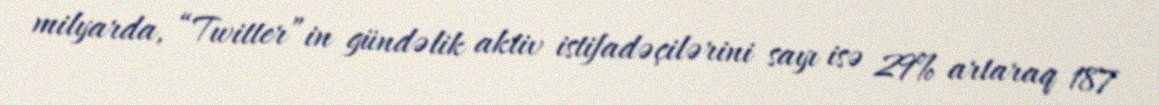
milyarda, “Twitter”in gündəlik aktiv istifadəçilərini sayı isə 29% artaraq 187